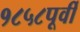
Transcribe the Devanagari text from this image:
१८५८पूर्वी